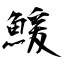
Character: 鰀